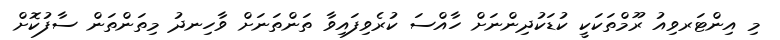
މި އިންޓަރވިއު ރޫމްތަކަކީ ކުޑަކުދިންނަށް ހާއްސަ ކުރެވިފައިވާ ތަންތަނަށް ވާހިނދު މިތަންތަން ސާފުކޮށް